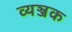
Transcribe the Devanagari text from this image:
व्यञ्जक